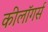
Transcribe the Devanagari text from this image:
कीलॉगर्स